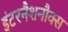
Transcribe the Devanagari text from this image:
इंटरनैशनौक्स